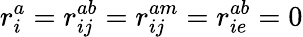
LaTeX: r_{i}^{a}=r_{ij}^{ab}=r_{ij}^{am}=r_{ie}^{ab}=0